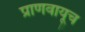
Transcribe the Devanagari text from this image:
प्राणवायूच